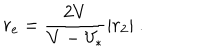
r _ { \mathrm { e } } = { \frac { 2 V } { { V } - V _ { * } } } | r _ { 2 } | \ .